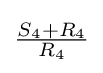
{\tfrac {S_{4}+R_{4}}{R_{4}}}